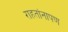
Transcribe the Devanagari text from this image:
राहतांनापण